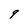
Character: 9